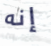
إنه